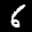
Label: 6